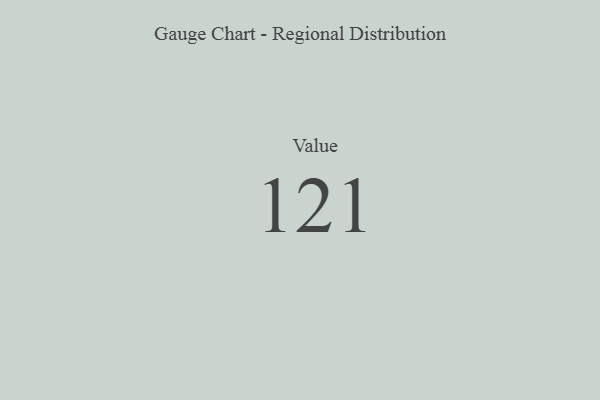
{"axis": {"x": "Metric", "y": "Value"}, "legend": [""], "data": [{"x": "Value", "y": 121, "type": ""}]}